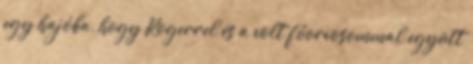
egy hajóba, hogy Rogerrel és a volt főorvosommal együtt